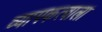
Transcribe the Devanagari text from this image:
व्यापकत्वाला